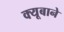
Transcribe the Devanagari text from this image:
क्यूबाने